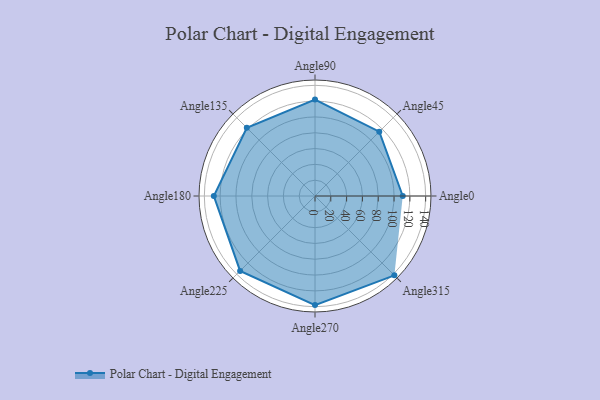
{"axis": {"x": "Angle", "y": "Radius"}, "legend": [""], "data": [{"x": "Angle0", "y": 111.0, "type": ""}, {"x": "Angle45", "y": 115.0, "type": ""}, {"x": "Angle90", "y": 122.0, "type": ""}, {"x": "Angle135", "y": 122.0, "type": ""}, {"x": "Angle180", "y": 128.0, "type": ""}, {"x": "Angle225", "y": 134.0, "type": ""}, {"x": "Angle270", "y": 138.0, "type": ""}, {"x": "Angle315", "y": 142.0, "type": ""}]}